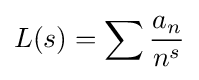
L(s)=\sum {\frac {a_{n}}{n^{s}}}